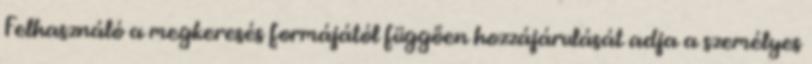
Felhasználó a megkeresés formájától függően hozzájárulását adja a személyes